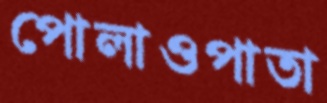
পোলাওপাতা